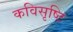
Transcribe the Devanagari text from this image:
कविसृष्टि